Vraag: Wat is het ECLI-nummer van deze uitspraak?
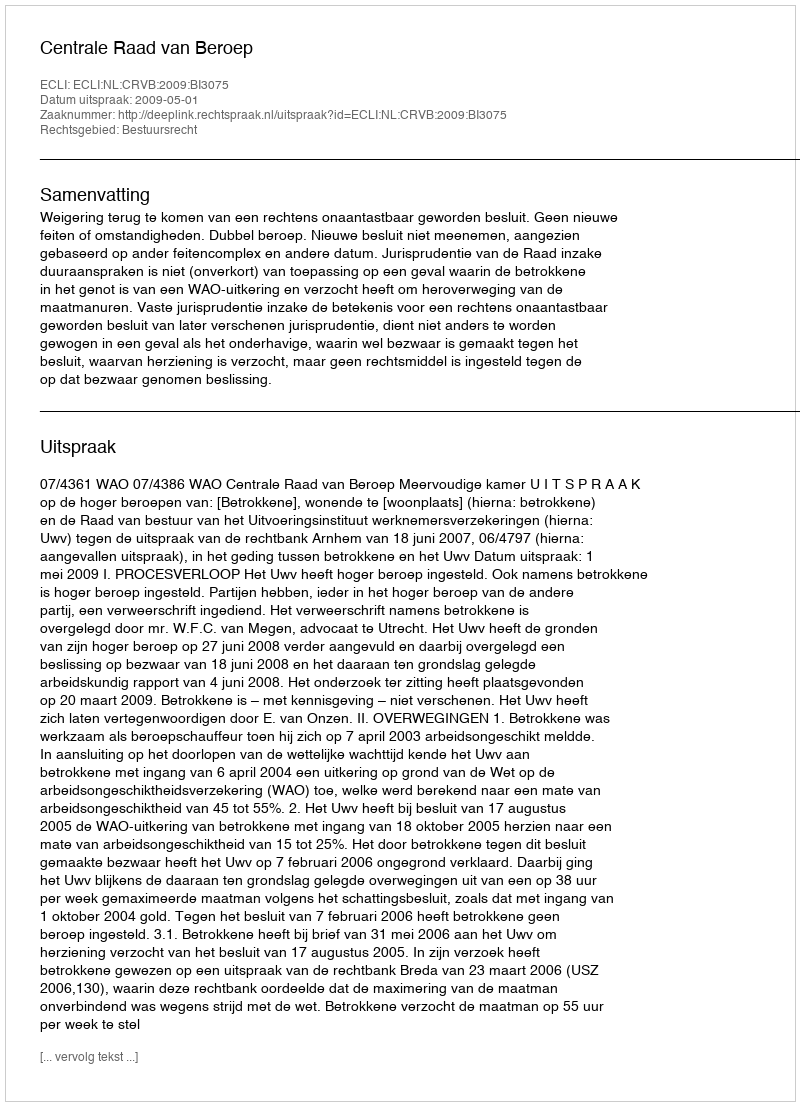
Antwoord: ECLI:NL:CRVB:2009:BI3075